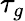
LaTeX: \tau_{g}